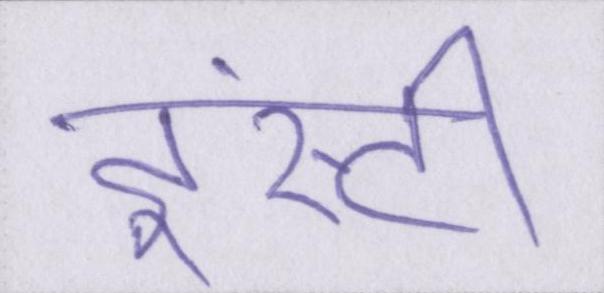
इंस्टी